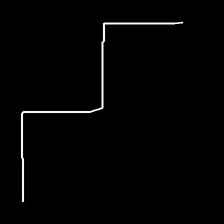
Glyph: crush